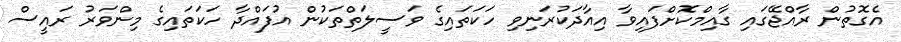
އެގޮތުން ރާއްޖޭގައި ގާއިމްކޮށްފައިވާ އިއާދަކުރަނިވި ހަކަތައިގެ ވަސީލަތްތަކުން އުފައްދާ ހަކަތައިގެ މިންވަރު ރައީސް